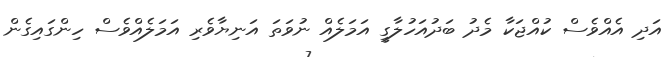
އަދި އެއްވެސް ކުއްޖަކާ މެދު ބަދުއަހުލާގީ އަމަލެއް ނުވަތަ އަނިޔާވެރި އަމަލެއްވެސް ހިންގައިގެން